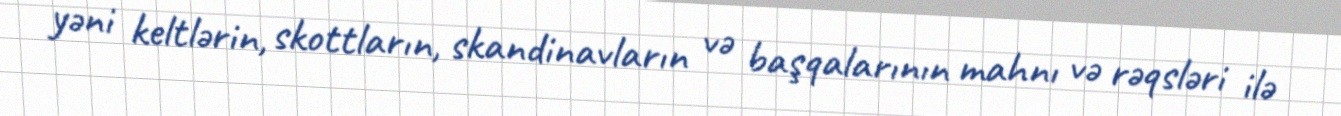
yəni keltlərin, skottların, skandinavların və başqalarının mahnı və rəqsləri ilə